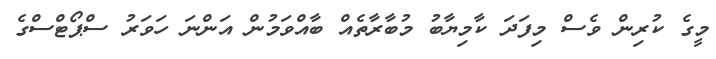
މީގެ ކުރިން ވެސް މިފަދަ ކާމިޔާބު މުބާރާތެއް ބާއްވަމުން އަންނަ ހަވަރު ސްޕޯޓްސްގެ